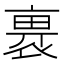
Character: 𧚽